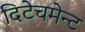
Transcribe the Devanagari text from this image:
दिटेचमेन्ट